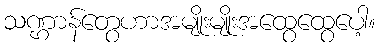
သဏ္ဌာန်တွေဟာအမျိုးမျိုးအထွေထွေပေါ့။